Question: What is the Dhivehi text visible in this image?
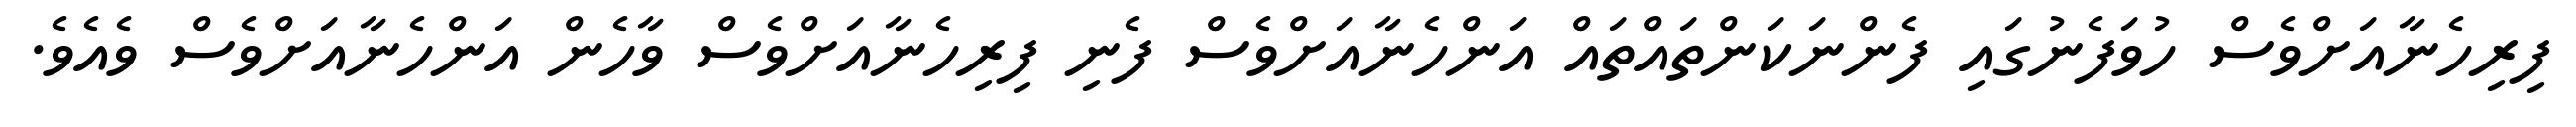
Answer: ފިރިހެނާއަށްވެސް ހުވަފެނުގައި ފެންނަކަންތައްތައް އަންހެނާއަށްވެސް ފެނި ފިރިހެނާއަށްވެސް ވާހެން އަންހެނާއަށްވެސް ވެއެވެ.